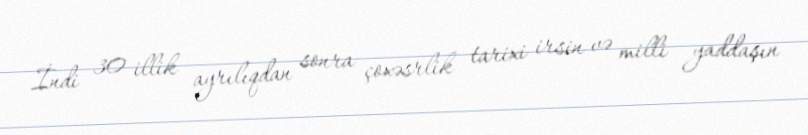
İndi 30 illik ayrılıqdan sonra çoxəsrlik tarixi irsin və milli yaddaşın